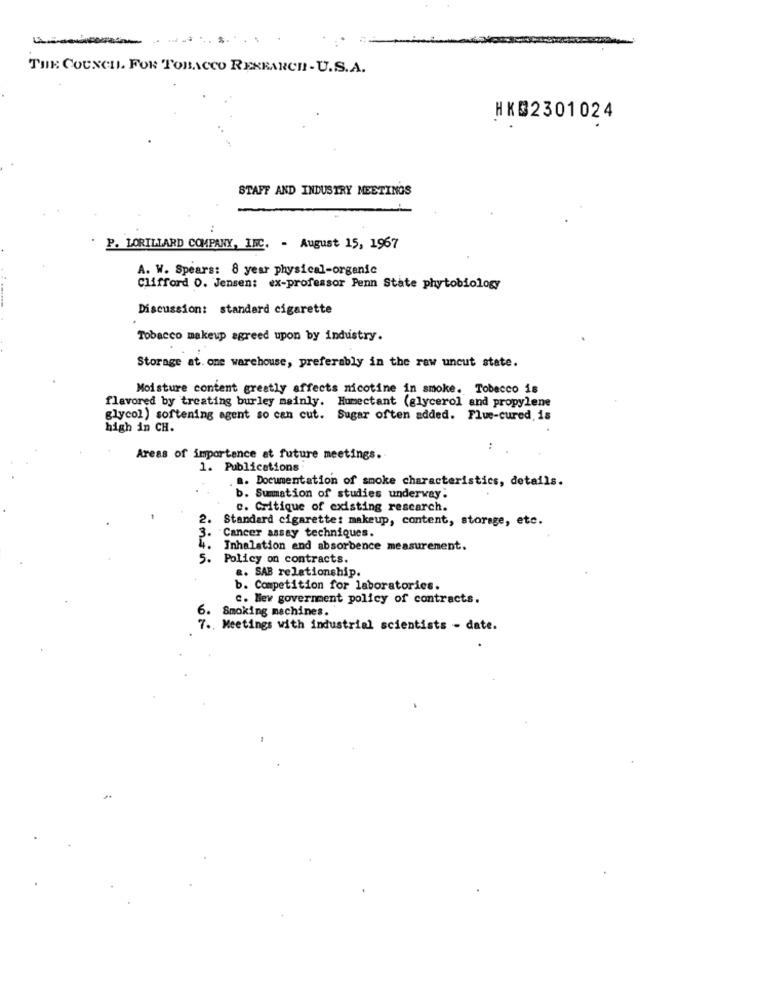
THE COUNCIL. FOR TOBACCO RESEARCH -U.S.A.
HKG2301024
STAFF AND INDUSTRY MEETINGS
P. LORILLARD COMPANY, INC. - August 15, 1967
A. W. Spears: 8 year physical-organic
Clifford O. Jensen: ex-professor Penn State phytobiology
Discussion: standard cigarette
Tobacco makeup agreed upon by industry.
Storage at. one warehouse, preferably in the raw uncut state.
Moisture content greatly affects nicotine in smoke. Tobacco is
flavored by treating burley mainly. Humectant (glycerol and propylene
glycol) softening agent so can cut. Sugar often added. Plue-cured is
high in CH.
:
Areas of importance at future meetings.
1. Publications
a. Documentation of smoke characteristics, details.
b. Summation of studies underway.
c. Critique of existing rescarch.
Standard cigarette: makeup, content, storage, etc.
Cancer assay techniques.
Inhalation end absorbence measurement.
5.
Policy on contracts.
.. SAB relationship.
b. Competition for laboratories.
C. Mev government policy of contracts.
Smoking machines.
6.
7 ., Meetings with industrial scientists - date.